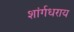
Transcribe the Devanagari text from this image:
शांर्गधराय